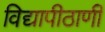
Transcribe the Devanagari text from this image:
विद्यापीठाणी